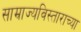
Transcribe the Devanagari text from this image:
साम्राज्यविस्ताराच्या